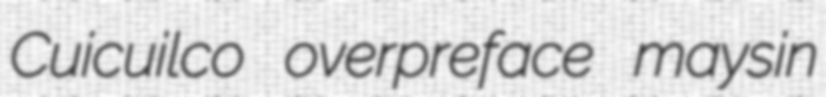
Cuicuilco overpreface maysin